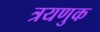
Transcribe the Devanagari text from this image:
त्रयणुक